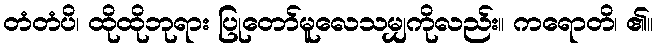
တံတံပိ၊ ထိုထိုဘုရား ပြုတော်မူလေသမျှကိုလည်း။ ကရောတိ၊ ၏။